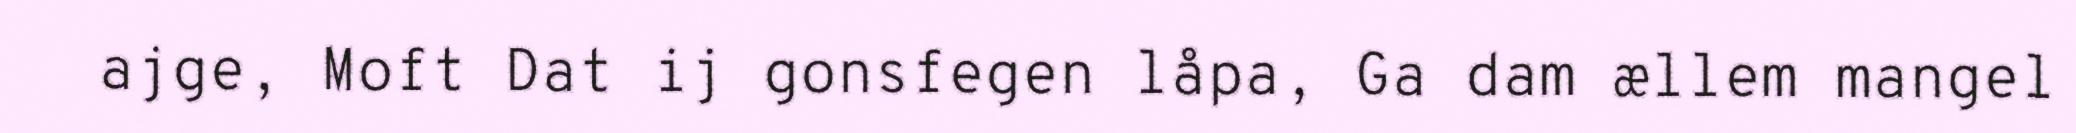
ajge, Moft Dat ij gonsfegen låpa, Ga dam ællem mangel